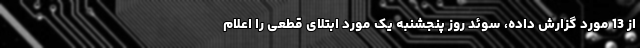
از 13 مورد گزارش داده، سوئد روز پنجشنبه یک مورد ابتلای قطعی را اعلام